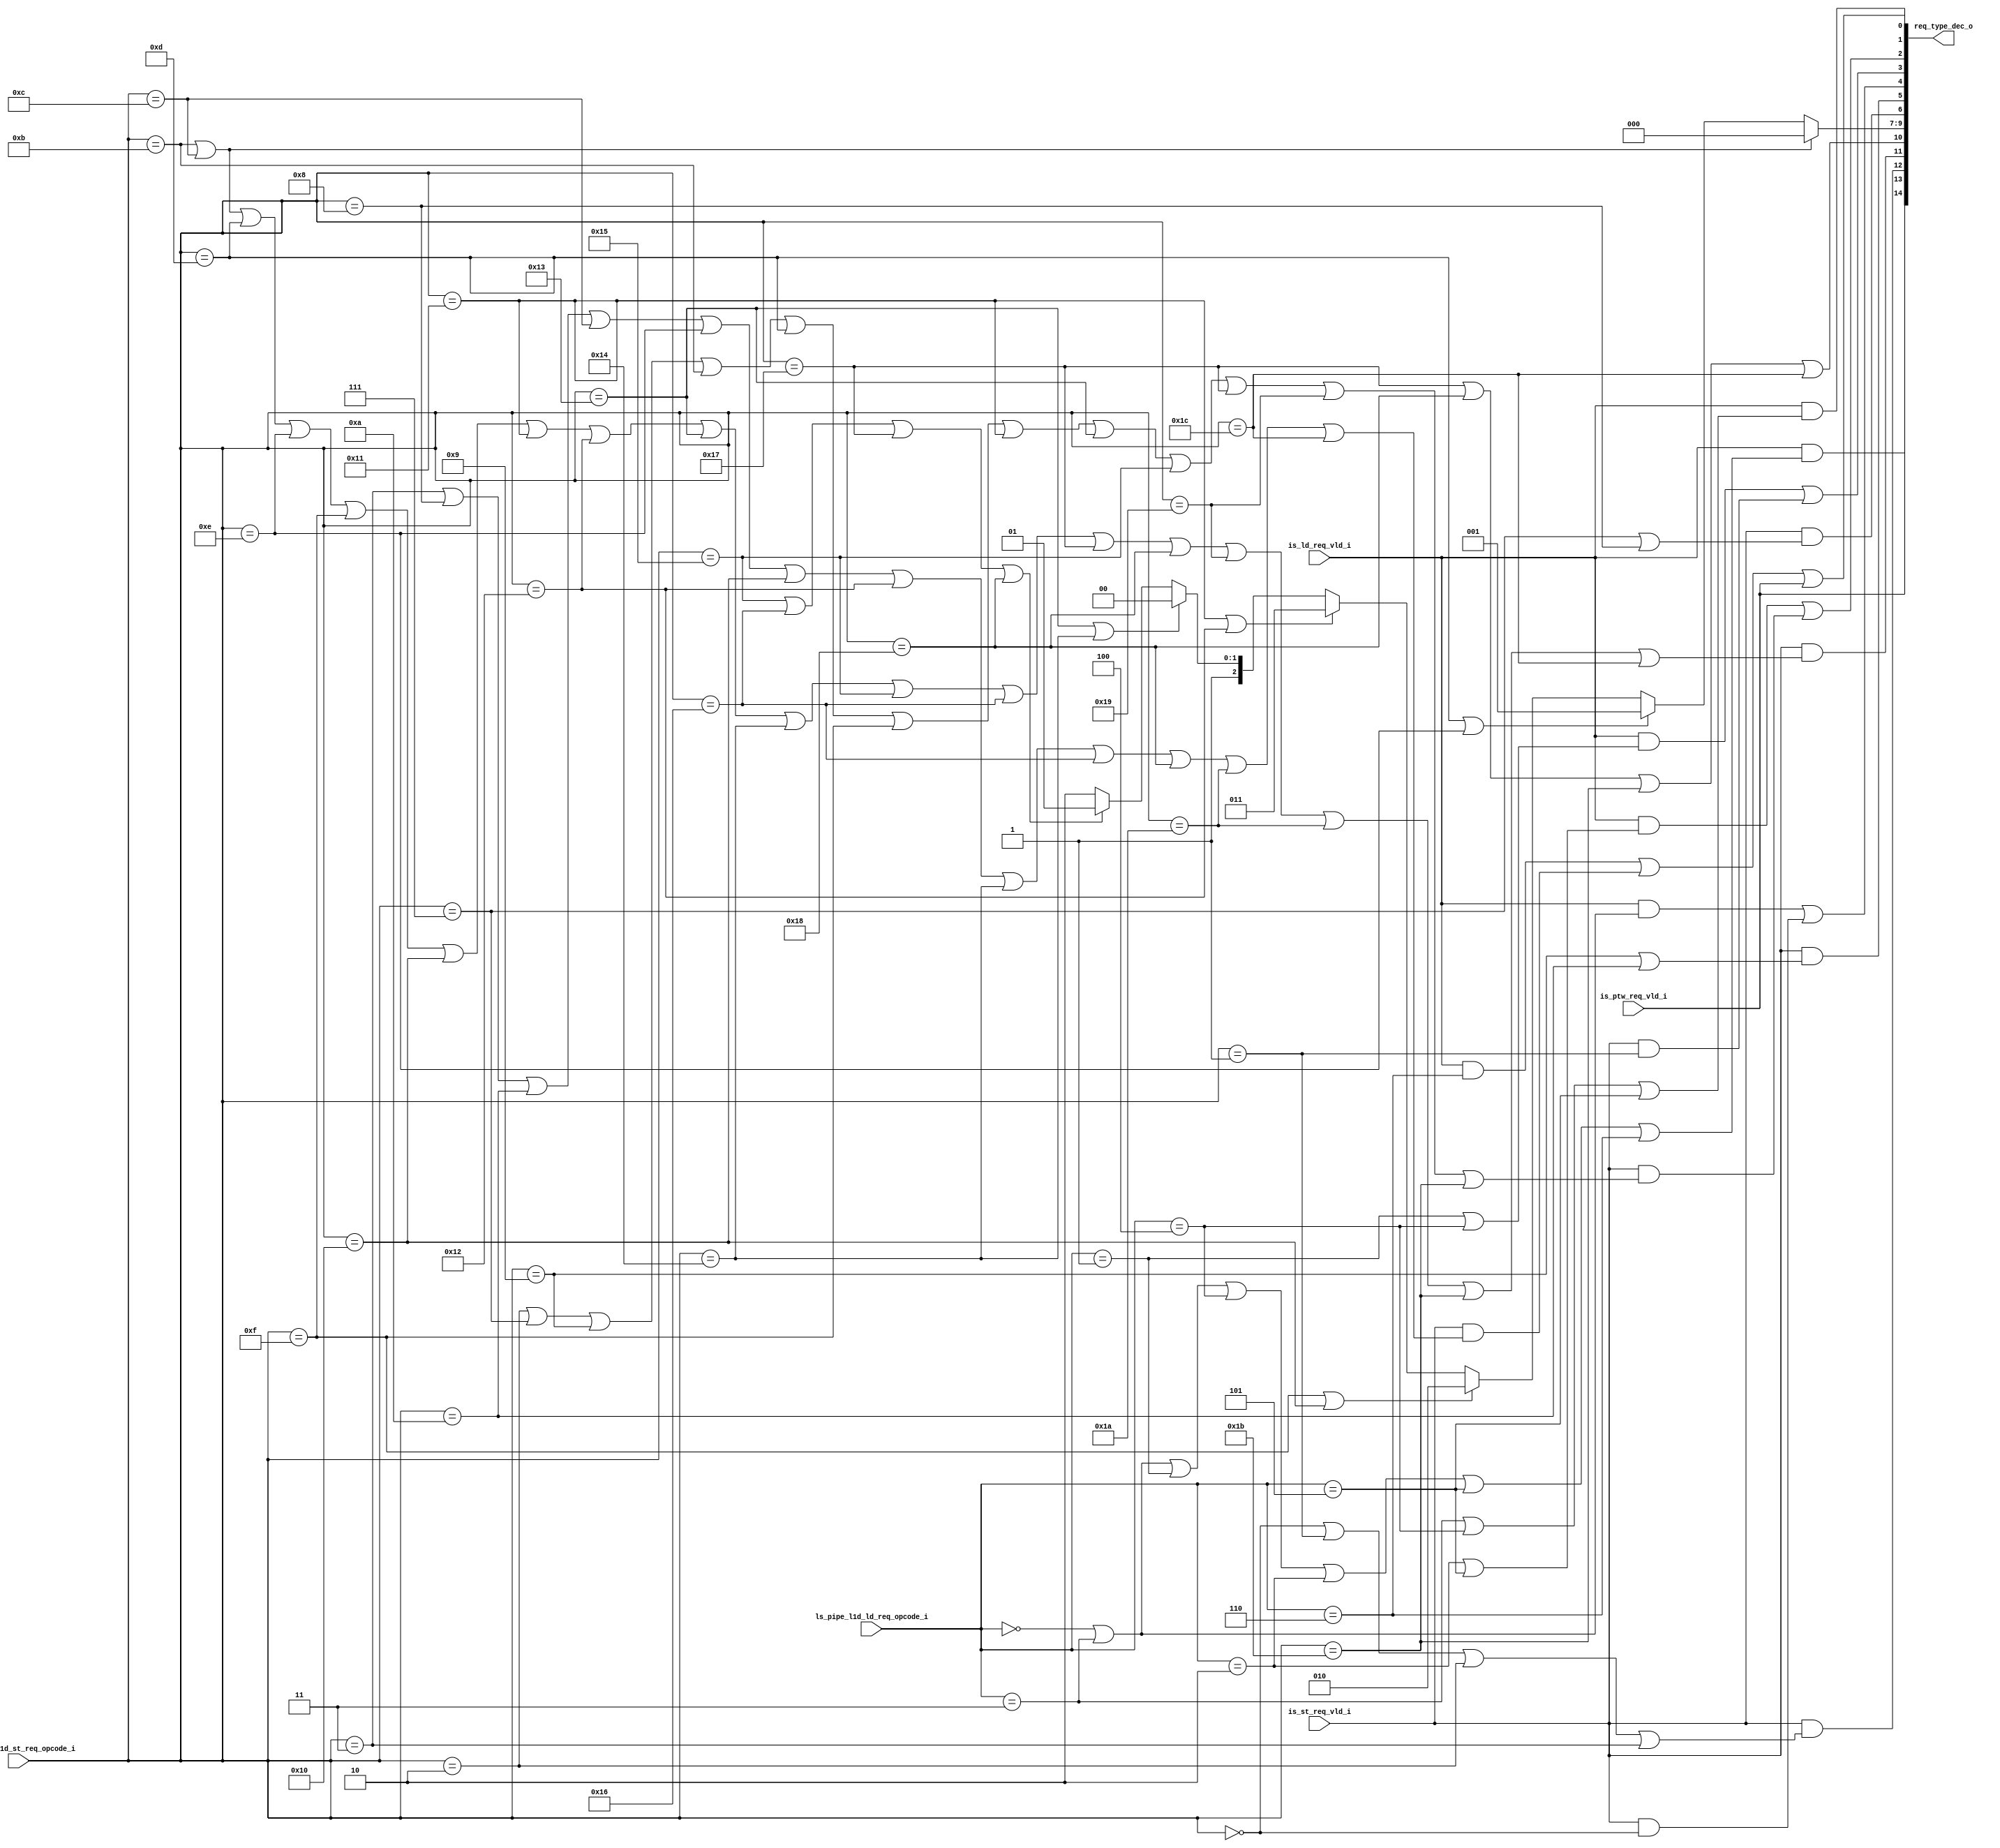
module rvh_l1d_dec (
	is_ld_req_vld_i,
	is_st_req_vld_i,
	is_ptw_req_vld_i,
	ls_pipe_l1d_ld_req_opcode_i,
	ls_pipe_l1d_st_req_opcode_i,
	req_type_dec_o
);
	input wire is_ld_req_vld_i;
	input wire is_st_req_vld_i;
	input wire is_ptw_req_vld_i;
	localparam [31:0] rvh_l1d_pkg_LDU_OP_WIDTH = 3;
	input wire [2:0] ls_pipe_l1d_ld_req_opcode_i;
	localparam [31:0] rvh_l1d_pkg_STU_OP_WIDTH = 5;
	input wire [4:0] ls_pipe_l1d_st_req_opcode_i;
	output wire [14:0] req_type_dec_o;
	function automatic [2:0] sv2v_cast_90C75;
		input reg [2:0] inp;
		sv2v_cast_90C75 = inp;
	endfunction
	assign req_type_dec_o[14] = is_ld_req_vld_i & (((((((ls_pipe_l1d_ld_req_opcode_i == sv2v_cast_90C75(0)) | (ls_pipe_l1d_ld_req_opcode_i == sv2v_cast_90C75(3))) | (ls_pipe_l1d_ld_req_opcode_i == sv2v_cast_90C75(1))) | (ls_pipe_l1d_ld_req_opcode_i == sv2v_cast_90C75(4))) | (ls_pipe_l1d_ld_req_opcode_i == sv2v_cast_90C75(2))) | (ls_pipe_l1d_ld_req_opcode_i == sv2v_cast_90C75(5))) | (ls_pipe_l1d_ld_req_opcode_i == sv2v_cast_90C75(6)));
	assign req_type_dec_o[13] = is_ptw_req_vld_i;
	function automatic [4:0] sv2v_cast_543EA;
		input reg [4:0] inp;
		sv2v_cast_543EA = inp;
	endfunction
	assign req_type_dec_o[12] = is_st_req_vld_i & ((((ls_pipe_l1d_st_req_opcode_i == sv2v_cast_543EA(0)) | (ls_pipe_l1d_st_req_opcode_i == sv2v_cast_543EA(1))) | (ls_pipe_l1d_st_req_opcode_i == sv2v_cast_543EA(2))) | (ls_pipe_l1d_st_req_opcode_i == sv2v_cast_543EA(3)));
	assign req_type_dec_o[6] = is_st_req_vld_i & ((ls_pipe_l1d_st_req_opcode_i == sv2v_cast_543EA(7)) | (ls_pipe_l1d_st_req_opcode_i == sv2v_cast_543EA(8)));
	assign req_type_dec_o[5] = is_st_req_vld_i & ((ls_pipe_l1d_st_req_opcode_i == sv2v_cast_543EA(9)) | (ls_pipe_l1d_st_req_opcode_i == sv2v_cast_543EA(10)));
	assign req_type_dec_o[11] = is_st_req_vld_i & ((((((((((((((((((ls_pipe_l1d_st_req_opcode_i == sv2v_cast_543EA(11)) | (ls_pipe_l1d_st_req_opcode_i == sv2v_cast_543EA(12))) | (ls_pipe_l1d_st_req_opcode_i == sv2v_cast_543EA(13))) | (ls_pipe_l1d_st_req_opcode_i == sv2v_cast_543EA(14))) | (ls_pipe_l1d_st_req_opcode_i == sv2v_cast_543EA(15))) | (ls_pipe_l1d_st_req_opcode_i == sv2v_cast_543EA(16))) | (ls_pipe_l1d_st_req_opcode_i == sv2v_cast_543EA(17))) | (ls_pipe_l1d_st_req_opcode_i == sv2v_cast_543EA(18))) | (ls_pipe_l1d_st_req_opcode_i == sv2v_cast_543EA(19))) | (ls_pipe_l1d_st_req_opcode_i == sv2v_cast_543EA(20))) | (ls_pipe_l1d_st_req_opcode_i == sv2v_cast_543EA(21))) | (ls_pipe_l1d_st_req_opcode_i == sv2v_cast_543EA(22))) | (ls_pipe_l1d_st_req_opcode_i == sv2v_cast_543EA(23))) | (ls_pipe_l1d_st_req_opcode_i == sv2v_cast_543EA(24))) | (ls_pipe_l1d_st_req_opcode_i == sv2v_cast_543EA(25))) | (ls_pipe_l1d_st_req_opcode_i == sv2v_cast_543EA(26))) | (ls_pipe_l1d_st_req_opcode_i == sv2v_cast_543EA(27))) | (ls_pipe_l1d_st_req_opcode_i == sv2v_cast_543EA(28)));
	assign req_type_dec_o[10] = (((ls_pipe_l1d_st_req_opcode_i == sv2v_cast_543EA(23)) | (ls_pipe_l1d_st_req_opcode_i == sv2v_cast_543EA(24))) | (ls_pipe_l1d_st_req_opcode_i == sv2v_cast_543EA(27))) | (ls_pipe_l1d_st_req_opcode_i == sv2v_cast_543EA(28));
	assign req_type_dec_o[4] = (is_ld_req_vld_i & ((ls_pipe_l1d_ld_req_opcode_i == sv2v_cast_90C75(0)) | (ls_pipe_l1d_ld_req_opcode_i == sv2v_cast_90C75(3)))) | (is_st_req_vld_i & (ls_pipe_l1d_st_req_opcode_i == sv2v_cast_543EA(0)));
	assign req_type_dec_o[3] = (is_ld_req_vld_i & ((ls_pipe_l1d_ld_req_opcode_i == sv2v_cast_90C75(1)) | (ls_pipe_l1d_ld_req_opcode_i == sv2v_cast_90C75(4)))) | (is_st_req_vld_i & (ls_pipe_l1d_st_req_opcode_i == sv2v_cast_543EA(1)));
	assign req_type_dec_o[2] = (is_ld_req_vld_i & ((ls_pipe_l1d_ld_req_opcode_i == sv2v_cast_90C75(2)) | (ls_pipe_l1d_ld_req_opcode_i == sv2v_cast_90C75(5)))) | (is_st_req_vld_i & ((((((((((((ls_pipe_l1d_st_req_opcode_i == sv2v_cast_543EA(2)) | (ls_pipe_l1d_st_req_opcode_i == sv2v_cast_543EA(7))) | (ls_pipe_l1d_st_req_opcode_i == sv2v_cast_543EA(9))) | (ls_pipe_l1d_st_req_opcode_i == sv2v_cast_543EA(11))) | (ls_pipe_l1d_st_req_opcode_i == sv2v_cast_543EA(13))) | (ls_pipe_l1d_st_req_opcode_i == sv2v_cast_543EA(15))) | (ls_pipe_l1d_st_req_opcode_i == sv2v_cast_543EA(17))) | (ls_pipe_l1d_st_req_opcode_i == sv2v_cast_543EA(19))) | (ls_pipe_l1d_st_req_opcode_i == sv2v_cast_543EA(21))) | (ls_pipe_l1d_st_req_opcode_i == sv2v_cast_543EA(23))) | (ls_pipe_l1d_st_req_opcode_i == sv2v_cast_543EA(25))) | (ls_pipe_l1d_st_req_opcode_i == sv2v_cast_543EA(27))));
	assign req_type_dec_o[1] = ((is_ld_req_vld_i & (ls_pipe_l1d_ld_req_opcode_i == sv2v_cast_90C75(6))) | (is_st_req_vld_i & ((((((((((((ls_pipe_l1d_st_req_opcode_i == sv2v_cast_543EA(3)) | (ls_pipe_l1d_st_req_opcode_i == sv2v_cast_543EA(8))) | (ls_pipe_l1d_st_req_opcode_i == sv2v_cast_543EA(10))) | (ls_pipe_l1d_st_req_opcode_i == sv2v_cast_543EA(12))) | (ls_pipe_l1d_st_req_opcode_i == sv2v_cast_543EA(14))) | (ls_pipe_l1d_st_req_opcode_i == sv2v_cast_543EA(16))) | (ls_pipe_l1d_st_req_opcode_i == sv2v_cast_543EA(18))) | (ls_pipe_l1d_st_req_opcode_i == sv2v_cast_543EA(20))) | (ls_pipe_l1d_st_req_opcode_i == sv2v_cast_543EA(22))) | (ls_pipe_l1d_st_req_opcode_i == sv2v_cast_543EA(24))) | (ls_pipe_l1d_st_req_opcode_i == sv2v_cast_543EA(26))) | (ls_pipe_l1d_st_req_opcode_i == sv2v_cast_543EA(28))))) | is_ptw_req_vld_i;
	assign req_type_dec_o[0] = is_ld_req_vld_i & (((ls_pipe_l1d_ld_req_opcode_i == sv2v_cast_90C75(3)) | (ls_pipe_l1d_ld_req_opcode_i == sv2v_cast_90C75(4))) | (ls_pipe_l1d_ld_req_opcode_i == sv2v_cast_90C75(5)));
	assign req_type_dec_o[9-:3] = ((ls_pipe_l1d_st_req_opcode_i == sv2v_cast_543EA(11)) | (ls_pipe_l1d_st_req_opcode_i == sv2v_cast_543EA(12)) ? 3'd0 : ((ls_pipe_l1d_st_req_opcode_i == sv2v_cast_543EA(13)) | (ls_pipe_l1d_st_req_opcode_i == sv2v_cast_543EA(14)) ? 3'd1 : ((ls_pipe_l1d_st_req_opcode_i == sv2v_cast_543EA(15)) | (ls_pipe_l1d_st_req_opcode_i == sv2v_cast_543EA(16)) ? 3'd2 : ((ls_pipe_l1d_st_req_opcode_i == sv2v_cast_543EA(17)) | (ls_pipe_l1d_st_req_opcode_i == sv2v_cast_543EA(18)) ? 3'd3 : ((ls_pipe_l1d_st_req_opcode_i == sv2v_cast_543EA(19)) | (ls_pipe_l1d_st_req_opcode_i == sv2v_cast_543EA(20)) ? 3'd4 : ((((ls_pipe_l1d_st_req_opcode_i == sv2v_cast_543EA(21)) | (ls_pipe_l1d_st_req_opcode_i == sv2v_cast_543EA(22))) | (ls_pipe_l1d_st_req_opcode_i == sv2v_cast_543EA(23))) | (ls_pipe_l1d_st_req_opcode_i == sv2v_cast_543EA(24)) ? 3'd5 : 3'd6))))));
endmodule